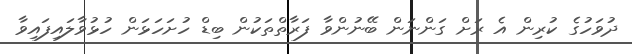
ދުވަހުގެ ކުރިން އެ ރަށް ގަންނަން ބޭނުންވާ ފަރާތްތަކުން ބިޑް ހުށަހަޅަން ހުޅުވާލައިފައިވާ